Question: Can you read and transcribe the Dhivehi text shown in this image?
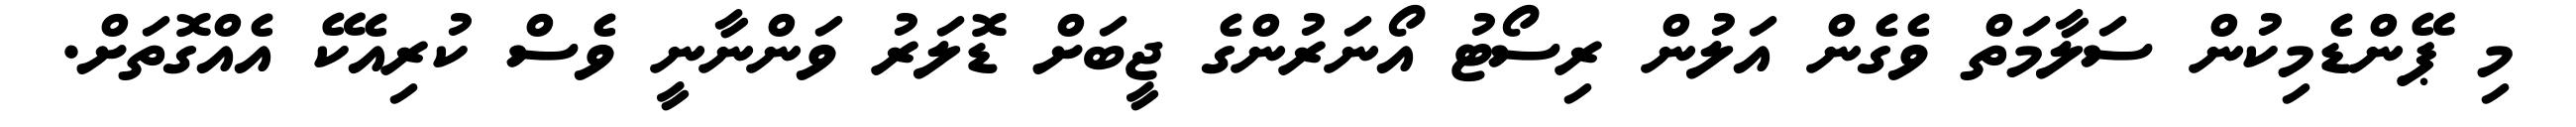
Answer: މި ޕޭންޑެމިކުން ސަލާމަތް ވެގެން އަލުން ރިސޯޓު އޯނަރުންގެ ޖީބަށް ޑޮލަރު ވަންނާނީ ވެސް ކުރިއެކޭ އެއްގޮތަށް.